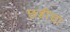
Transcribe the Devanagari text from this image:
छडीचा